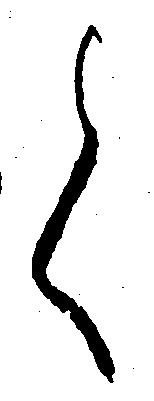
く